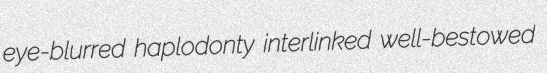
eye-blurred haplodonty interlinked well-bestowed